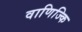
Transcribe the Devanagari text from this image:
वाणिज्कि